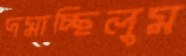
দমাচ্ছিলুম